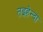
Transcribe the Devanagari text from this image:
तइहेन्दा